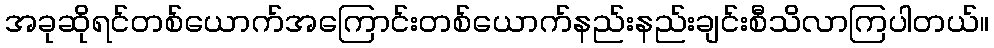
အခုဆိုရင်တစ်ယောက်အကြောင်းတစ်ယောက်နည်းနည်းချင်းစီသိလာကြပါတယ်။